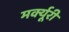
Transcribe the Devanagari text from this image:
मर्क्यूरी